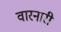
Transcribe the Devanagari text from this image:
वारनारी